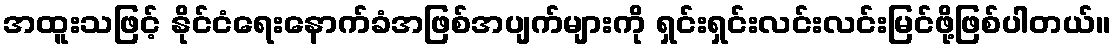
အထူးသဖြင့် နိုင်ငံရေးနောက်ခံအဖြစ်အပျက်များကို ရှင်းရှင်းလင်းလင်းမြင်ဖို့ဖြစ်ပါတယ်။